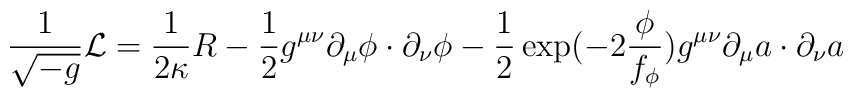
\frac{1}{\sqrt{-g}}{\cal L}=\frac{1}{2\kappa}R-\frac{1}{2}g^{\mu\nu}\partial_\mu\phi\cdot\partial_\nu\phi-\frac{1}{2}\exp(-2\frac{\phi}{f_\phi})g^{\mu\nu}\partial_\mu a\cdot\partial_\nu a